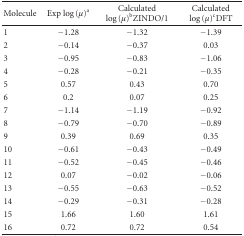
| Molecule | Exp log(μ)a | Calculated log(μ)bZINDO/1 | Calculated log(μ)cDFT |
 | --- | --- | --- | --- |
 | 1 | −1.28 | −1.32 | −1.39 |
 | 2 | −0.14 | −0.37 | 0.03 |
 | 3 | −0.95 | −0.83 | −1.06 |
 | 4 | −0.28 | −0.21 | −0.35 |
 | 5 | 0.57 | 0.43 | 0.70 |
 | 6 | 0.2 | 0.07 | 0.25 |
 | 7 | −1.14 | −1.19 | −0.92 |
 | 8 | −0.79 | −0.70 | −0.89 |
 | 9 | 0.39 | 0.69 | 0.35 |
 | 10 | −0.61 | −0.43 | −0.49 |
 | 11 | −0.52 | −0.45 | −0.46 |
 | 12 | 0.07 | −0.02 | −0.06 |
 | 13 | −0.55 | −0.63 | −0.52 |
 | 14 | −0.29 | −0.31 | −0.28 |
 | 15 | 1.66 | 1.60 | 1.61 |
 | 16 | 0.72 | 0.72 | 0.54 |